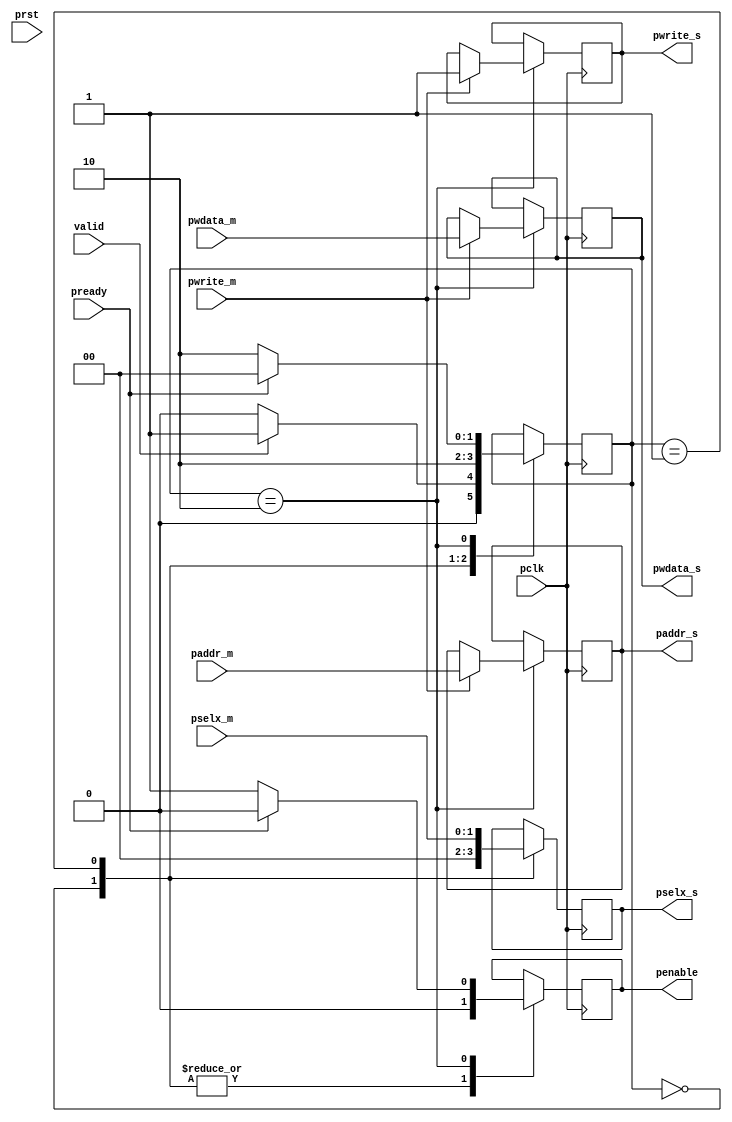
`timescale 1ns / 1ps
//////////////////////////////////////////////////////////////////////////////////
// Company: 
// Engineer: 
// 
      
// Design Name: 
// Module Name: apb_master
// Project Name: 
// Target Devices: 
// Tool Versions: 
// Description: 
// 
// Dependencies: 
// 
// Revision:
// Revision 0.01 - File Created
// Additional Comments:
// 
//////////////////////////////////////////////////////////////////////////////////


module apb_master(
  input pclk,
  input prst,
  input pwrite_m,
  input [31:0] pwdata_m,
  input [31:0] paddr_m,
  input [1:0] pselx_m,
  //input pready_s1,
  //input pready_s2,
  input pready, //_s2,
  input valid,
  output pwrite_s,
  output [1:0] pselx_s,
  output reg penable = 0,
  output [31:0] paddr_s,
  output [31:0] pwdata_s
    );
    
  reg [31:0] paddr_reg=0;
  reg pwrite_reg=0;
  reg [31:0] pwdata_reg=0;
  reg [1:0] pselx_reg=0;
  
  parameter IDLE = 2'b00;
  parameter SETUP = 2'b01;
  parameter ACCESS = 2'b10;
    
  reg [1:0] state = 2'b00;

always @(posedge pclk) begin
case(state)
IDLE: begin
  pselx_reg <= 0;
  penable <= 0;
    if(valid)begin
      state <= SETUP;
    end
    else
    state <= IDLE;
end

SETUP: begin
  pselx_reg <= pselx_m;
  penable <= 1'b0;
  state <= ACCESS;
end

ACCESS: begin
 /*   if(pready_s1) begino
     state <= IDLE;
    end
    else if ((pready_s1 == 1) && (valid == 1)) begin
      state <= SETUP;
    end else if (pready_s2) begin
      state <= IDLE;
    end else if ((pready_s2 == 1) && (valid == 1)) begin
      state <= SETUP;
    end */
    penable <= 1'b1;
    if(pwrite_m == 1) begin   
      paddr_reg <= paddr_m;
      pwrite_reg <= pwrite_m;
      pwdata_reg <= pwdata_m;
    end
    if(pready) begin
     state <= IDLE;
     penable <= 1'b0;
    end
    else begin
      state <= ACCESS;
    end
   /* else if (pready_s2) begin
      penable <= 0;
      state <= IDLE;
    end
    else
    state <= ACCESS;
    else if ((pready == 1) && (valid == 1)) begin
      state <= SETUP;
    end */
end
endcase
end

  assign paddr_s = paddr_reg;
  assign pwrite_s = pwrite_reg;
  assign pwdata_s = pwdata_reg;
  assign pselx_s = pselx_reg;
     
endmodule